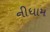
નીધામ